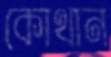
কোথান